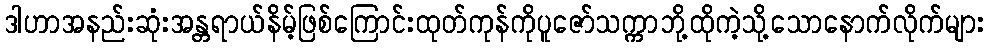
ဒါဟာအနည်းဆုံးအန္တရာယ်နိမ့်ဖြစ်ကြောင်းထုတ်ကုန်ကိုပူဇော်သက္ကာဘို့ထိုကဲ့သို့သောနောက်လိုက်များ